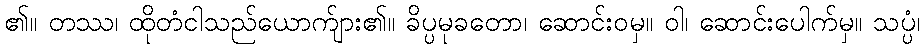
၏။ တဿ၊ ထိုတံငါသည်ယောက်ျား၏။ ခိပ္ပမုခတော၊ ဆောင်းဝမှ။ ဝါ၊ ဆောင်းပေါက်မှ။ သပ္ပံ၊